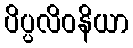
ပိပ္ပလိဝနိယာ